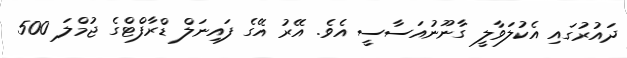
ދައުރުގައި އެކުލަވާލީ ގާނޫނުއަސާސީ އެވެ. އޭރު އޭގެ ފައިނަލް ޑްރާފްޓްގެ ޖުމްލަ 500